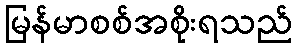
မြန်မာစစ်အစိုးရသည်